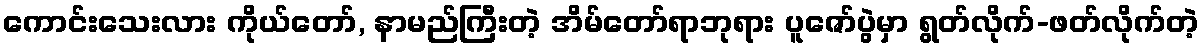
ကောင်းသေးလား ကိုယ်တော်, နာမည်ကြီးတဲ့ အိမ်တော်ရာဘုရား ပူဇော်ပွဲမှာ ရွတ်လိုက်-ဖတ်လိုက်တဲ့